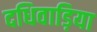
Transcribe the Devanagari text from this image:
दधिवाड़िया